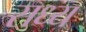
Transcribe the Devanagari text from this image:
सध्य